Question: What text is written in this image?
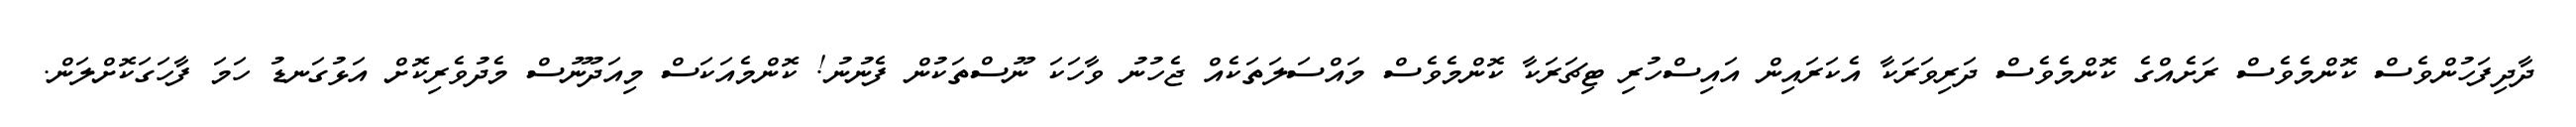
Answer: ދާދިފަހުންވެސް ކޮންމެވެސް ރަށެއްގެ ކޮންމެވެސް ދަރިވަރަކާ އެކަރައިން އައިސްހުރި ޓިޗަރަކާ ކޮންމެވެސް މައްސަލަތަކެއް ޖެހުނު ވާހަކަ ނޫސްތަކުން ފެނުނު! ކޮންމެއަކަސް މިއަދުނޫސް މެދުވެރިކޮށް އަޅުގަނޑު ހަމަ ފާހަގަކޮށްލަން.